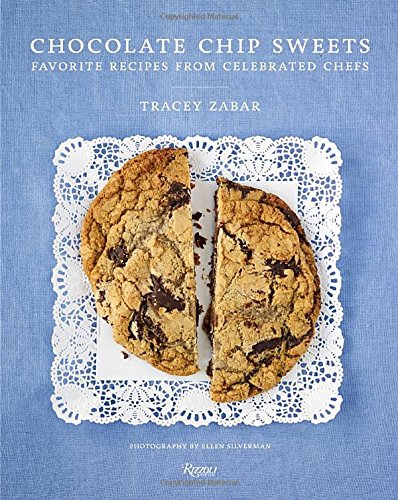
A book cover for Chocolate Chip Sweets: Celebrated Chefs Share Favorite Recipes; Tracey Zabar; Cookbooks, Food & Wine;